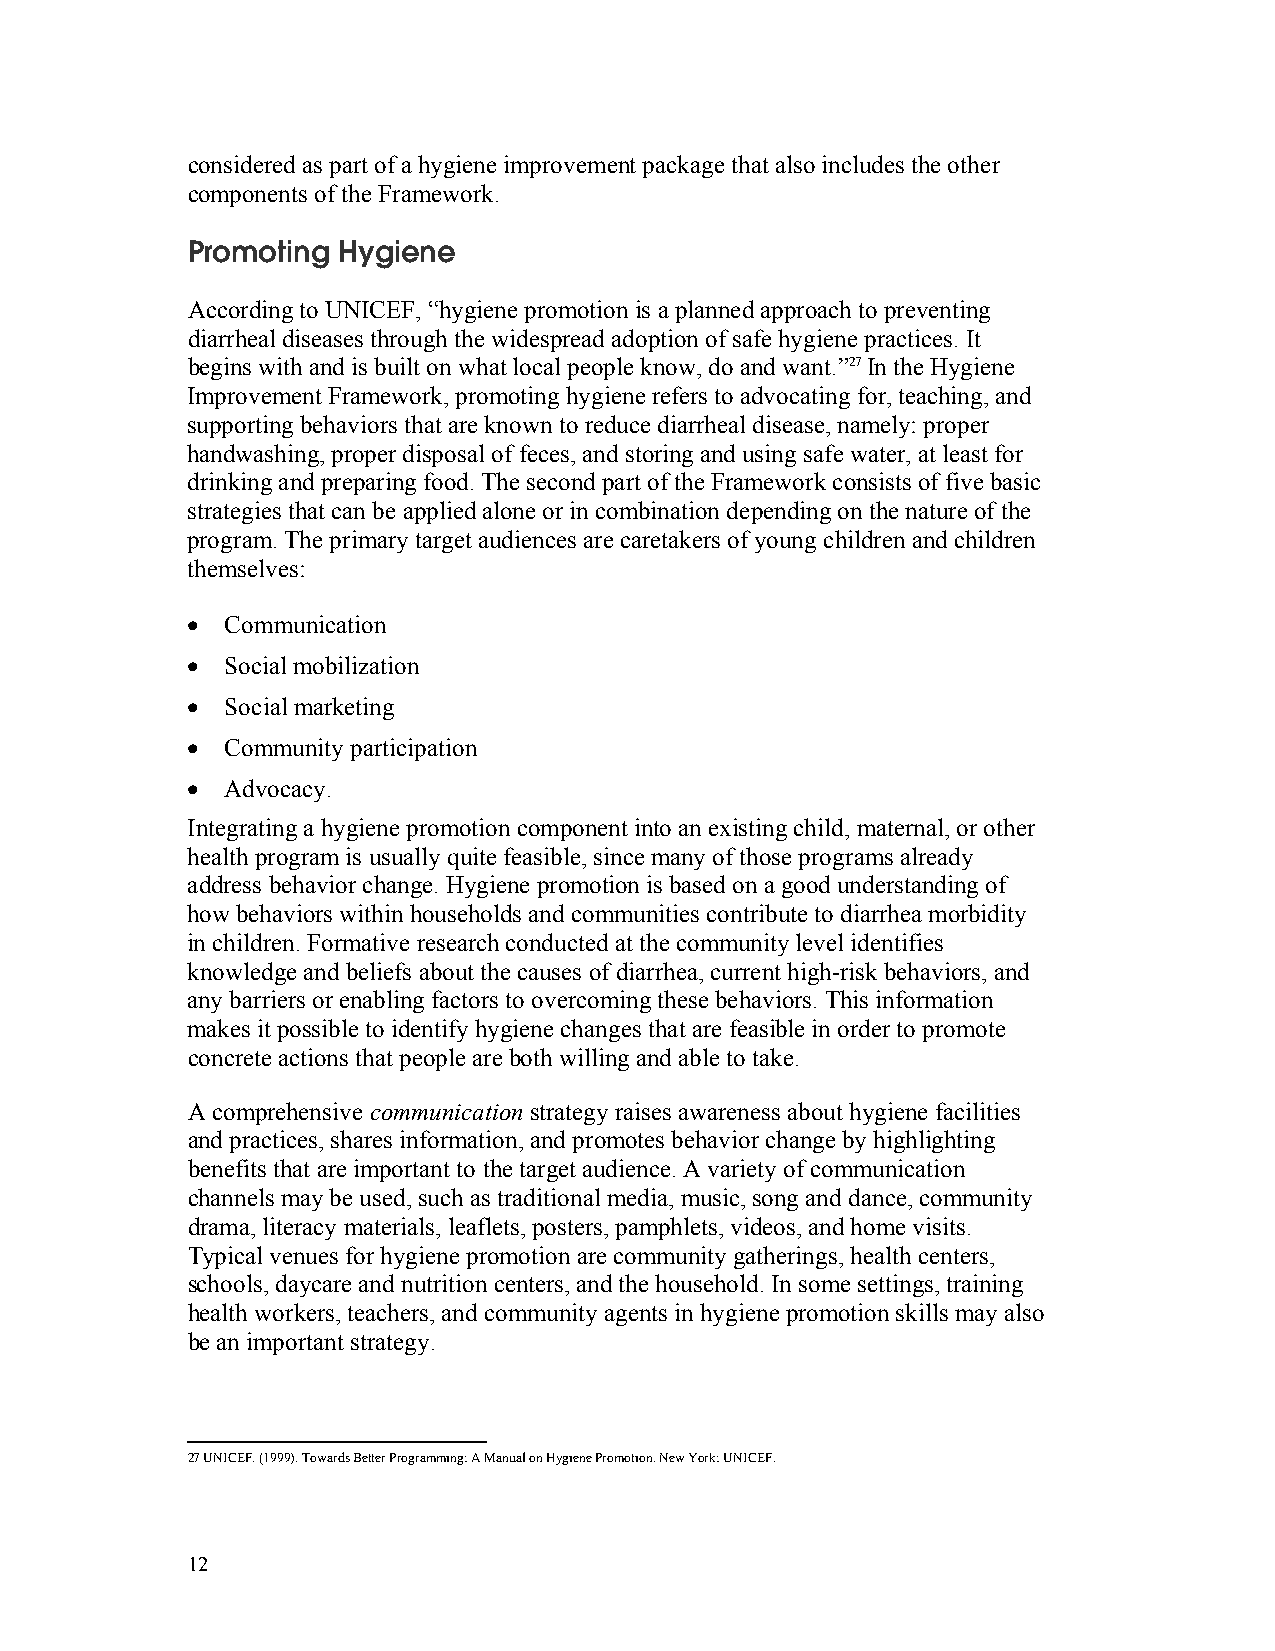
considered as part of a hygiene improvement package that also includes the other
 components of the Framework.
 Promoting Hygiene
 According to UNICEF, “hygiene promotion is a planned approach to preventing
 diarrheal diseases through the widespread adoption of safe hygiene practices. It
 begins with and is built on what local people know, do and want.”27In the Hygiene
 Improvement Framework, promoting hygiene refers to advocating for, teaching, and
 supporting behaviors that are known to reduce diarrheal disease, namely: proper
 handwashing, proper disposal of feces, and storing and using safe water, at least for
 drinking and preparing food. The second part of the Framework consists of five basic
 strategies that can be applied alone or in combination depending on the nature of the
 program. The primary target audiences are caretakers of young children and children
 themselves:
 •  Communication
 •  Social mobilization
 •  Social marketing
 •  Community participation
 •  Advocacy.
 Integrating a hygiene promotion component into an existing child, maternal, or other
 health program is usually quite feasible, since many of those programs already
 address behavior change. Hygiene promotion is based on a good understanding of
 how behaviors within households and communities contribute to diarrhea morbidity
 in children. Formative research conducted at the community level identifies
 knowledge and beliefs about the causes of diarrhea, current high-risk behaviors, and
 any barriers or enabling factors to overcoming these behaviors. This information
 makes it possible to identify hygiene changes that are feasible in order to promote
 concrete actions that people are both willing and able to take.
 A comprehensive communication strategy raises awareness about hygiene facilities
 and practices, shares information, and promotes behavior change by highlighting
 benefits that are important to the target audience. A variety of communication
 channels may be used, such as traditional media, music, song and dance, community
 drama, literacy materials, leaflets, posters, pamphlets, videos, and home visits.
 Typical venues for hygiene promotion are community gatherings, health centers,
 schools, daycare and nutrition centers, and the household. In some settings, training
 health workers, teachers, and community agents in hygiene promotion skills may also
 be an important strategy.
 27 UNICEF. (1999). Towards Better Programming: A Manual on Hygiene Promotion. New York: UNICEF.
 12